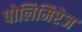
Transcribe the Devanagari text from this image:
पोलिमिरेज